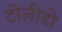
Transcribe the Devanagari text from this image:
टोलीडो